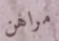
مراهن